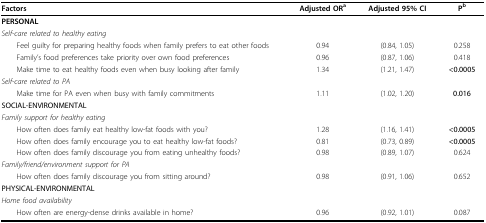
<table><thead><tr><td><b>Factors</b></td><td><b>Adjusted OR<sup>a</sup></b></td><td><b>Adjusted 95% CI</b></td><td><b>P<sup>b</sup></b></td></tr></thead><tbody><tr><td><b>PERSONAL</b></td><td>[EMPTY_CELL]</td><td>[EMPTY_CELL]</td><td>[EMPTY_CELL]</td></tr><tr><td><i>Self-care related to healthy eating</i></td><td>[EMPTY_CELL]</td><td>[EMPTY_CELL]</td><td>[EMPTY_CELL]</td></tr><tr><td> Feel guilty for preparing healthy foods when family prefers to eat other foods</td><td>0.94</td><td>(0.84, 1.05)</td><td>0.258</td></tr><tr><td> Family's food preferences take priority over own food preferences</td><td>0.96</td><td>(0.87, 1.06)</td><td>0.418</td></tr><tr><td> Make time to eat healthy foods even when busy looking after family</td><td>1.34</td><td>(1.21, 1.47)</td><td><b>&lt;0.0005</b></td></tr><tr><td><i>Self-care related to PA</i></td><td>[EMPTY_CELL]</td><td>[EMPTY_CELL]</td><td>[EMPTY_CELL]</td></tr><tr><td> Make time for PA even when busy with family commitments</td><td>1.11</td><td>(1.02, 1.20)</td><td><b>0.016</b></td></tr><tr><td><b>SOCIAL-ENVIRONMENTAL</b></td><td>[EMPTY_CELL]</td><td>[EMPTY_CELL]</td><td>[EMPTY_CELL]</td></tr><tr><td><i>Family support for healthy eating</i></td><td>[EMPTY_CELL]</td><td>[EMPTY_CELL]</td><td>[EMPTY_CELL]</td></tr><tr><td> How often does family eat healthy low-fat foods with you?</td><td>1.28</td><td>(1.16, 1.41)</td><td><b>&lt;0.0005</b></td></tr><tr><td> How often does family encourage you to eat healthy low-fat foods?</td><td>0.81</td><td>(0.73, 0.89)</td><td><b>&lt;0.0005</b></td></tr><tr><td> How often does family discourage you from eating unhealthy foods?</td><td>0.98</td><td>(0.89, 1.07)</td><td>0.624</td></tr><tr><td><i>Family/friend/environment support for PA</i></td><td>[EMPTY_CELL]</td><td>[EMPTY_CELL]</td><td>[EMPTY_CELL]</td></tr><tr><td> How often does family discourage you from sitting around?</td><td>0.98</td><td>(0.91, 1.06)</td><td>0.652</td></tr><tr><td><b>PHYSICAL-ENVIRONMENTAL</b></td><td>[EMPTY_CELL]</td><td>[EMPTY_CELL]</td><td>[EMPTY_CELL]</td></tr><tr><td><i>Home food availability</i></td><td>[EMPTY_CELL]</td><td>[EMPTY_CELL]</td><td>[EMPTY_CELL]</td></tr><tr><td> How often are energy-dense drinks available in home?</td><td>0.96</td><td>(0.92, 1.01)</td><td>0.087</td></tr></tbody></table>